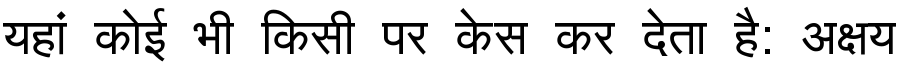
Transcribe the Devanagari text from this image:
यहां कोई भी किसी पर केस कर देता है: अक्षय